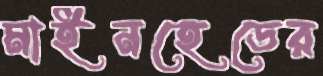
মাইনহেডের